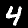
Digit: 4